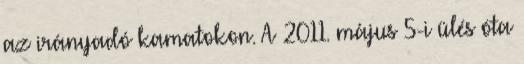
az irányadó kamatokon. A 2011. május 5-i ülés óta